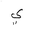
Letter: _ya